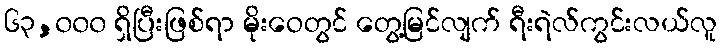
၆၃,၀၀၀ ရှိပြီးဖြစ်ရာ မိုးဝေတွင် တွေ့မြင်လျက် ရီးရဲလ်ကွင်းလယ်လူ